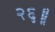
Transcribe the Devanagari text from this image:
२६॥